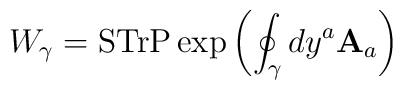
W_\gamma ={\rm STr P}\exp\left(\oint_\gamma dy^a {\bf A}_a\right)